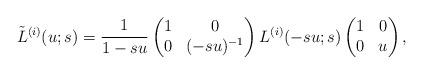
LaTeX: \begin{align*}\tilde{L}^{(i)}(u; s)=\frac{1}{1-su}\begin{pmatrix} 1 & 0 \\ 0 & (-su)^{-1} \end{pmatrix} L^{(i)}(-su; s)\begin{pmatrix} 1 & 0 \\ 0 & u \end{pmatrix}, \end{align*}